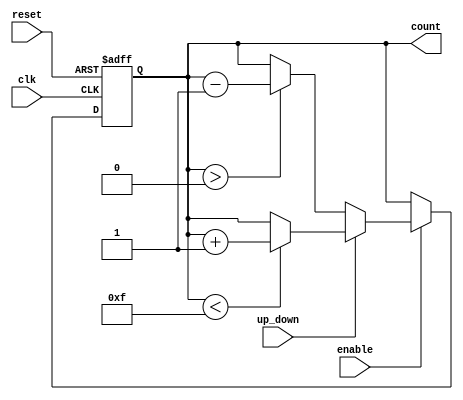
module synchronous_counter (
    input wire clk,          // Clock signal
    input wire reset,        // Asynchronous reset signal
    input wire enable,       // Enable signal
    input wire up_down,      // Count direction (1 for up, 0 for down)
    output reg [N-1:0] count // Current count value
);
    parameter N = 4; // Bit width of the counter

    // Asynchronous reset and synchronous counting logic
    always @(posedge clk or posedge reset) begin
        if (reset) begin
            count <= 0; // Reset the counter to zero
        end else if (enable) begin
            if (up_down) begin
                // Count up
                if (count < (1 << N) - 1) begin
                    count <= count + 1; // Increment count
                end
            end else begin
                // Count down
                if (count > 0) begin
                    count <= count - 1; // Decrement count
                end
            end
        end
    end
endmodule